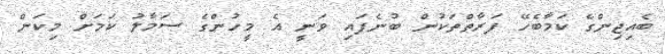
ބެއިޖިންގެ ކަމާބެހޭ ފަރާތްތަކުން ބުނެފައި ވަނީ އެ މީހުންގެ ސަމާލު ކަމަށް މިކަން